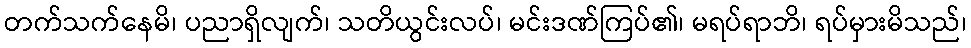
တက်သက်နေမိ၊ ပညာရှိလျက်၊ သတိယွင်းလပ်၊ မင်းဒဏ်ကြပ်၏၊ မရပ်ရာဘိ၊ ရပ်မှားမိသည်၊